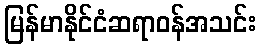
မြန်မာနိုင်ငံဆရာဝန်အသင်း